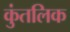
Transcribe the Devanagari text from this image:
कुंतलिक